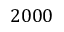
2 0 0 0